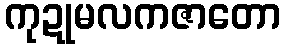
ကုဍုမလကဇာတော